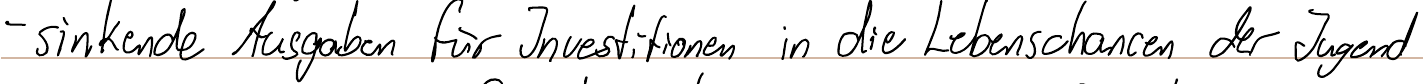
- sinkende Ausgaben für Investitionen in die Lebenschancen der Jugend